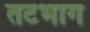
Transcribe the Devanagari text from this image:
तटभाग